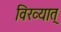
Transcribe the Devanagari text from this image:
विख्यात्